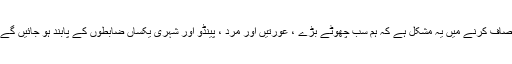
انصاف کرنے میں یہ مشکل ہے کہ ہم سب چھوٹے بڑے ، عورتیں اور مرد ، پینڈو اور شہری یکساں ضابطوں کے پابند ہو جائیں گے ۔